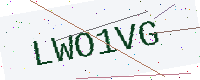
Text: LWO1VG